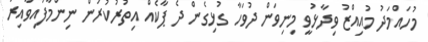
މުހައްމަދު މުއިއްޒު ވިދާޅުވީ މިނިވަން ދުވަހާ ގުޅިގެން ދެ ޕާކެއް އިތުރުކުރަން ނިންމާފައިވާއިރު